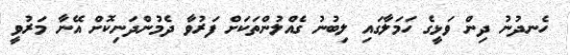
ހެނދުނު ދިން ވަޅީގެ ހަމަލާގައި ލިބުނު ގެއްލުންތަކަށް ފަރުވާ ދެމުންދަނިކޮށް އޭނާ މަރުވީ